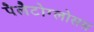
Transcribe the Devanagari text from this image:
पैलैटोग्लोसस